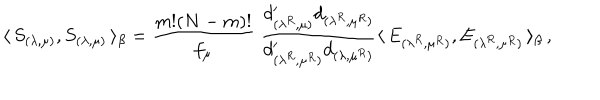
LaTeX: \langle \, S _ { ( \lambda , \mu ) } , S _ { ( \lambda , \mu ) } \, \rangle _ { \beta } = \frac { m ! ( N - m ) ! } { f _ { \mu } } \; \frac { d _ { ( \lambda ^ { R } , \mu ) } ^ { \prime } d _ { ( \lambda ^ { R } , \mu ^ { R } ) } } { d _ { ( \lambda ^ { R } , \mu ^ { R } ) } ^ { \prime } d _ { ( \lambda , \mu ^ { R } ) } } \langle \, E _ { ( \lambda ^ { R } , \mu ^ { R } ) } , E _ { ( \lambda ^ { R } , \mu ^ { R } ) } \, \rangle _ { \beta } \, ,